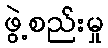
ဖွဲ့စည်းမှု